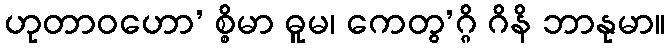
ဟုတာဝဟော’ စ္စိမာ ဓူမ၊ ကေတွ’ဂ္ဂိ ဂိနိ ဘာနုမာ။